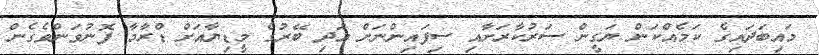
މައިބަދައިގެ ކަމެއްކަން ޔަގީން ސަރުކާރަށާއި ސިފައިންނަށް އަދި ބޭރުގެ މީޑިޔާއަށް ޑްރާމާ ފޮނުވަންވެގެން